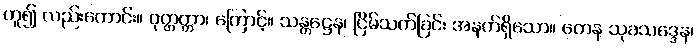
ဟူ၍ လည်းကောင်း။ ဝုတ္တတ္တာ၊ ကြောင့်။ သန္တဋ္ဌေန၊ ငြိမ်သက်ခြင်း အနက်ရှိသော။ တေန သုခသဒ္ဒေန၊